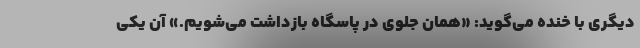
دیگری با خنده می‌گوید: «همان جلوی در پاسگاه بازداشت می‌شویم.» آن یکی